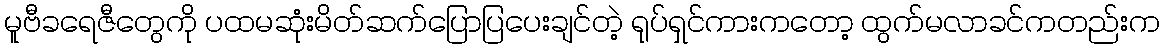
မူဗီခရေဇီတွေကို ပထမဆုံးမိတ်ဆက်ပြောပြပေးချင်တဲ့ ရုပ်ရှင်ကားကတော့ ထွက်မလာခင်ကတည်းက